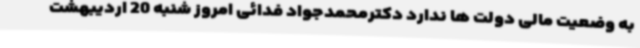
به وضعیت مالی دولت ها ندارد دکترمحمدجواد فدائی امروز شنبه 20 اردیبهشت